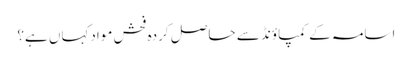
اسامہ کے کمپاؤنڈ سے حاصل کردہ فحش موادکہاں ہے؟